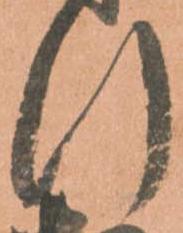
行